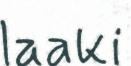
laaki